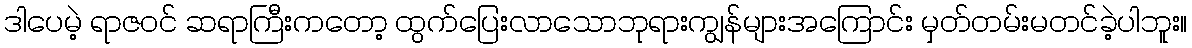
ဒါပေမဲ့ ရာဇဝင် ဆရာကြီးကတော့ ထွက်ပြေးလာသောဘုရားကျွန်များအကြောင်း မှတ်တမ်းမတင်ခဲ့ပါဘူး။